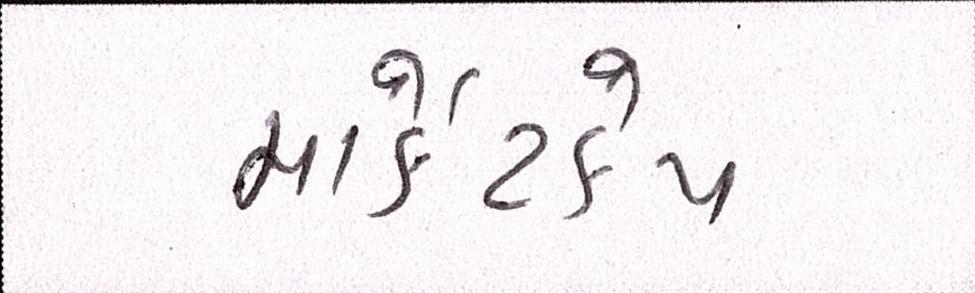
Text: માર્કેટકેપ